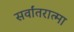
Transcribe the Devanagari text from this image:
सर्वांतरात्मा